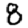
Digit: 8